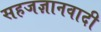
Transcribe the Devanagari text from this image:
सहजज्ञानवादी